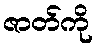
ဇာတ်ကို